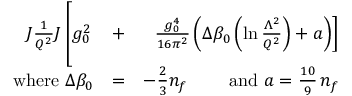
\begin{array} { r l r } { \! \! \! \! \! \! \! \! \! \! \! \! J { \frac { 1 } { Q ^ { 2 } } } J \left[ \rule { 0 cm } { 7 mm } g _ { 0 } ^ { 2 } \right. } & { + } & { \left. { \frac { g _ { 0 } ^ { 4 } } { 1 6 \pi ^ { 2 } } } \left( \Delta \beta _ { 0 } \left( \ln { \frac { \Lambda ^ { 2 } } { Q ^ { 2 } } } \right) + a \right) \right] } \\ { \mathrm { w h e r e \ } \Delta \beta _ { 0 } } & { = } & { - \frac 2 3 n _ { f } \mathrm { \qquad ~ a n d \ } a = \frac { 1 0 } 9 \, n _ { f } } \end{array}